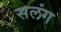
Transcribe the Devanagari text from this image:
सलंग